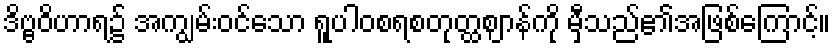
ဒိဗ္ဗဝိဟာရ၌ အကျွမ်းဝင်သော ရူပါဝစရစတုတ္ထဈာန်ကို မှီသည်၏အဖြစ်ကြောင့်။